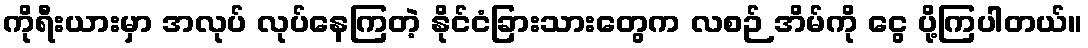
ကိုရီးယားမှာ အလုပ် လုပ်နေကြတဲ့ နိုင်ငံခြားသားတွေက လစဉ် အိမ်ကို ငွေ ပို့ကြပါတယ်။